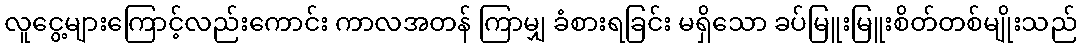
လူငွေ့များကြောင့်လည်းကောင်း ကာလအတန် ကြာမျှ ခံစားရခြင်း မရှိသော ခပ်မြူးမြူးစိတ်တစ်မျိုးသည်